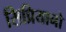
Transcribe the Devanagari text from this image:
सिप्रियानो